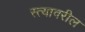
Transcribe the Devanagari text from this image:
स्त्यावरील